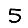
Digit: 5